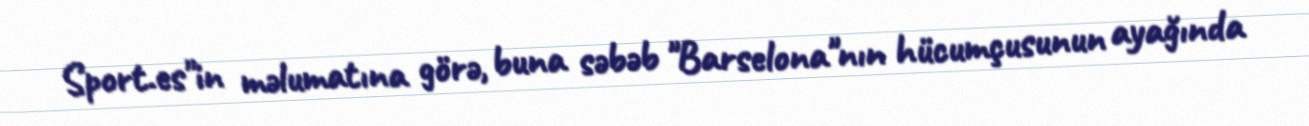
Sport.es"in məlumatına görə, buna səbəb "Barselona"nın hücumçusunun ayağında